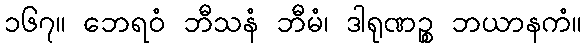
၁၆၇။ ဘေရဝံ ဘီသနံ ဘီမံ၊ ဒါရုဏဉ္စ ဘယာနကံ။